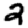
Digit: 2